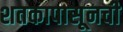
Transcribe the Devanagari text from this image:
शतकापासूनची